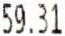
59.31